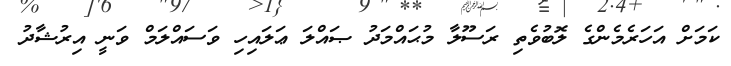
ކަމަށް އަހަރެމެންގެ ލޮބުވެތި ރަސޫލާ މުޙައްމަދު ޞައްލަ ޢަލައިހި ވަސައްލަމް ވަނީ އިރުޝާދު